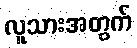
လူသားအတွက်